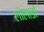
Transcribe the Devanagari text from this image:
लोलाडों